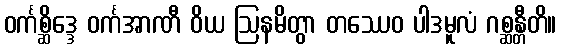
ဝင်္ကစ္ဆိဒ္ဒေ ဝင်္ကအာဏီ ဝိယ ဩနမိတွာ တဿေဝ ပါဒမူလံ ဂစ္ဆန္တီတိ။